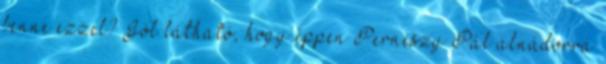
benne ezzel? Jól látható, hogy éppen Perneszy Pál alnádorrá